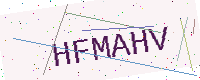
Text: HFMAHV